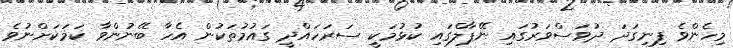
މިހެންވެ ފިނިގަދަ ދުވަސްވަރުގައި ނޭޕާލްގައި ކުޅުމަކީ ސަރަހައްދީ ގައުމުތަކުން އެހާ ބޭނުންވާ ކަމަކަށްނުވެ